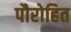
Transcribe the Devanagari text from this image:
पौरोहित